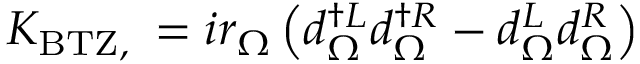
K _ { \mathrm { { B T Z } , \Omega } } = i r _ { \Omega } \left( d _ { \Omega } ^ { \dagger L } d _ { \Omega } ^ { \dagger R } - d _ { \Omega } ^ { L } d _ { \Omega } ^ { R } \right)